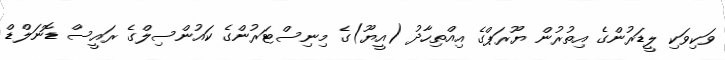
ވަކިވަކި ލީޑަރުންގެ އިތުރުން ޔޫރަޕްގެ އިއްތިހާދު (އީޔޫ)ގެ މިނިސްޓަރުންގެ ކައުންސިލްގެ ރައީސް ޑޮނަލްޑް